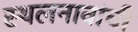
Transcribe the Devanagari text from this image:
स्थलनावांची